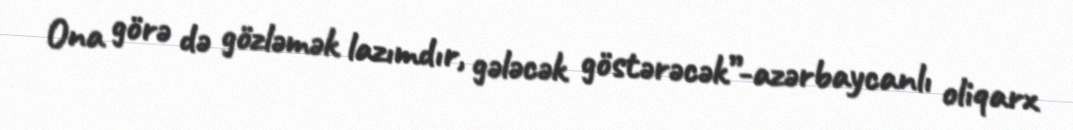
Ona görə də gözləmək lazımdır, gələcək göstərəcək”-azərbaycanlı oliqarx